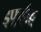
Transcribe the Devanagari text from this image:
ड्फूईफ़़्